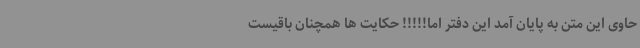
حاوی این متن به پایان آمد این دفتر اما!!!!! حکایت ها همچنان باقیست